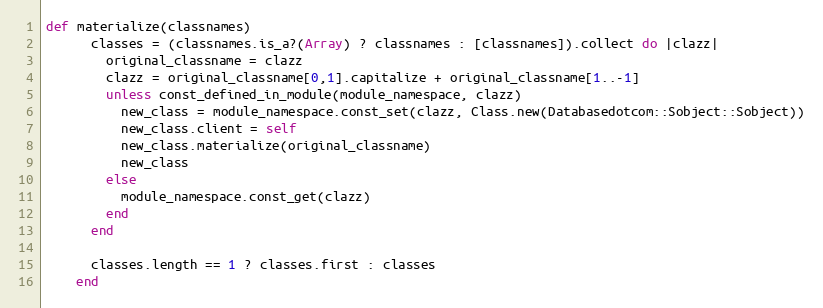
Language: Ruby
def materialize(classnames)
      classes = (classnames.is_a?(Array) ? classnames : [classnames]).collect do |clazz|
        original_classname = clazz
        clazz = original_classname[0,1].capitalize + original_classname[1..-1]
        unless const_defined_in_module(module_namespace, clazz)
          new_class = module_namespace.const_set(clazz, Class.new(Databasedotcom::Sobject::Sobject))
          new_class.client = self
          new_class.materialize(original_classname)
          new_class
        else
          module_namespace.const_get(clazz)
        end
      end

      classes.length == 1 ? classes.first : classes
    end